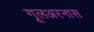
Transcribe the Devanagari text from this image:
गूलअरनास